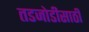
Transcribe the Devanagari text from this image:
तडजोडीसाठी